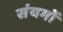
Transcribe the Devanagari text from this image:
संयमों